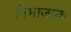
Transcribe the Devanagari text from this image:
विभाजाक